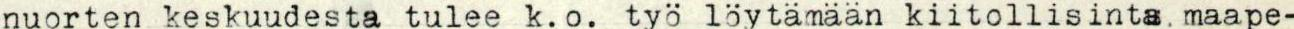
nuorten keskuudesta tulee k.o. työ löytämään kiitollisinta.maape-